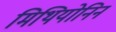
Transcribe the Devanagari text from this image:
मिथियोनिन